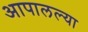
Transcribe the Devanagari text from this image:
आपालल्या